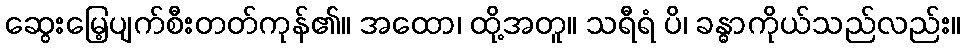
ဆွေးမြေ့ပျက်စီးတတ်ကုန်၏။ အထော၊ ထို့အတူ။ သရီရံ ပိ၊ ခန္ဓာကိုယ်သည်လည်း။